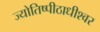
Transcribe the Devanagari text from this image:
ज्योतिष्पीठाधीश्वर